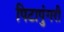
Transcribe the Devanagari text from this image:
पिटापुंगरी